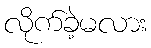
လိုက်ခဲ့မလား